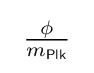
\ {\tfrac {\mathrm {\phi } }{m_{\mathsf {Plk}}}}\